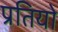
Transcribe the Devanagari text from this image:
प्रतियो